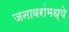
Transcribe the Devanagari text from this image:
जनावरांमध्ये